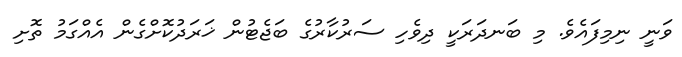
ވަނީ ނިމިފައެވެ. މި ބަނދަރަކީ ދިވެހި ސަރުކާރުގެ ބަޖެޓުން ޚަރަދުކޮށްގެން އެއްގަމު ތޮށި